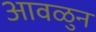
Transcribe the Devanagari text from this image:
आवळुन